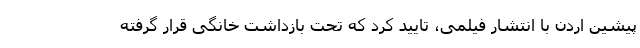
پیشین اردن با انتشار فیلمی، تأیید کرد که تحت بازداشت خانگی قرار گرفته